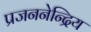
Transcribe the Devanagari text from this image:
प्रजननेन्द्रिय